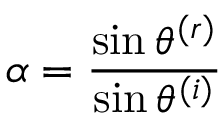
\alpha = \frac { \sin \theta ^ { ( r ) } } { \sin \theta ^ { ( i ) } }